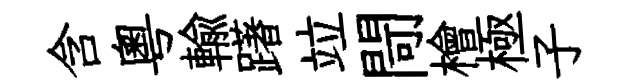
含粤輸躇竝閜檜極子